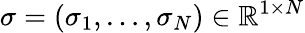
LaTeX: \sigma=(\sigma_{1},\dots,\sigma_{N})\in\mathbb{R}^{1\times N}